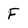
Character: F